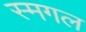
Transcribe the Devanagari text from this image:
स्मगल